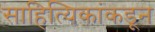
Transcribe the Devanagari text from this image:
साहित्यिकांकडून